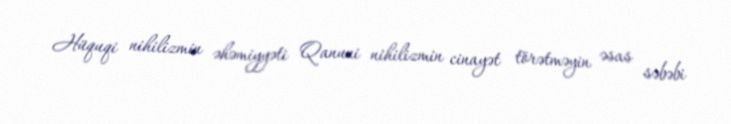
Hüquqi nihilizmin əhəmiyyəti Qanuni nihilizmin cinayət törətməyin əsas səbəbi